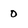
Character: 0